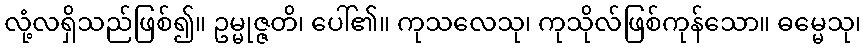
လုံ့လရှိသည်ဖြစ်၍။ ဥမ္မုဇ္ဇတိ၊ ပေါ်၏။ ကုသလေသု၊ ကုသိုလ်ဖြစ်ကုန်သော။ ဓမ္မေသု၊